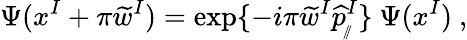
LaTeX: \Psi(x^{I}+\pi\widetilde{w}^{I})=\exp\{ -i\pi\widetilde{w}^{I}\widehat{p}_{_{\! /\! /}}^{I}\} \ \Psi(x^{I})\ ,